Civil Veterinary Department Bihar & Orissa reports 1929-36 - 1929-1936
Year: 1929
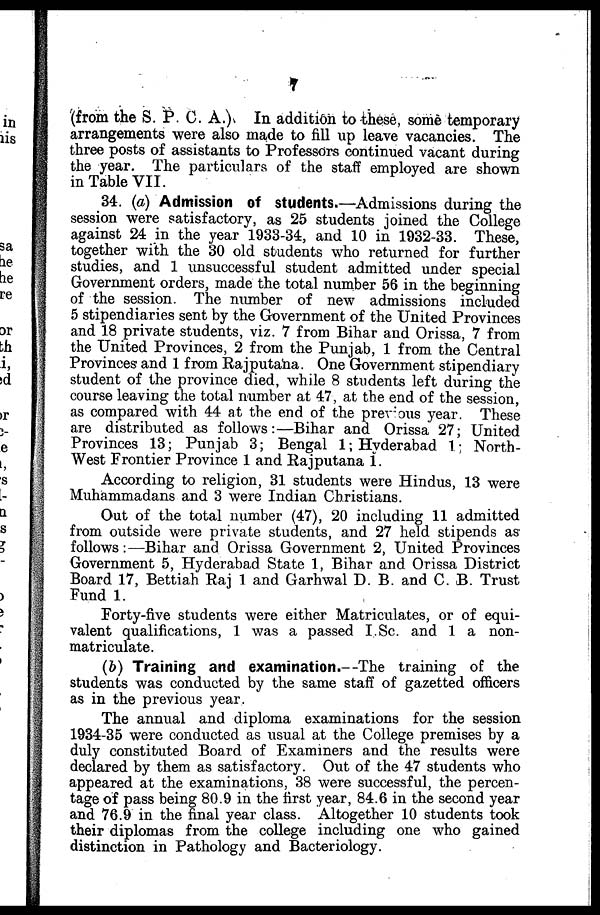
7
(from the S. P. C. A.) In addition to these, some temporary
arrangements were also made to fill up leave vacancies. The
three posts of assistants to Professors continued vacant during
the year. The particulars of the staff employed are shown
in Table VII.
34. (a) Admission of students.—Admissions during the
session were satisfactory, as 25 students joined the College
against 24 in the year 1933-34, and 10 in 1932-33. These,
together with the 30 old students who returned for further
studies, and 1 unsuccessful student admitted under special
Government orders, made the total number 56 in the beginning
of the session. The number of new admissions included
5 stipendiaries sent by the Government of the United Provinces
and 18 private students, viz. 7 from Bihar and Orissa, 7 from
the United Provinces, 2 from the Punjab, 1 from the Central
Provinces and 1 from Rajputana. One Government stipendiary
student of the province died, while 8 students left during the
course leaving the total number at 47, at the end of the session,
as compared with 44 at the end of the previous year. These
are distributed as follows:—Bihar and Orissa 27; United
Provinces 13; Punjab 3; Bengal 1; Hyderabad 1; North-
West Frontier Province 1 and Rajputana 1.
According to religion, 31 students were Hindus, 13 were
Muhammadans and 3 were Indian Christians.
Out of the total number (47), 20 including 11 admitted
from outside were private students, and 27 held stipends as
follows:—Bihar and Orissa Government 2, United Provinces
Government 5, Hyderabad State 1, Bihar and Orissa District
Board 17, Bettiah Raj 1 and Garhwal D. B. and C. B. Trust
Fund 1.
Forty-five students were either Matriculates, or of equi-
valent qualifications, 1 was a passed I.Sc. and 1 a non-
matriculate.
(b) Training and examination.—The training of the
students was conducted by the same staff of gazetted officers
as in the previous year.
The annual and diploma examinations for the session
1934-35 were conducted as usual at the College premises by a
duly constituted Board of Examiners and the results were
declared by them as satisfactory. Out of the 47 students who
appeared at the examinations, 38 were successful, the percen-
tage of pass being 80.9 in the first year, 84.6 in the second year
and 76.9 in the final year class. Altogether 10 students took
their diplomas from the college including one who gained
distinction in Pathology and Bacteriology.